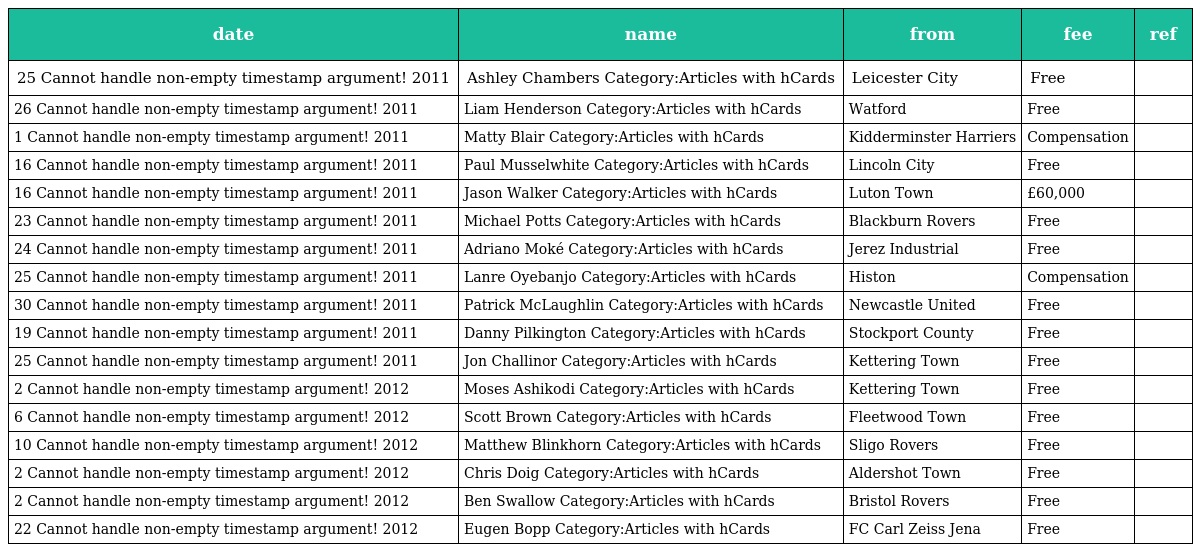
| date | name | from | fee | ref |
 | --- | --- | --- | --- | --- |
 | 25 Cannot handle non-empty timestamp argument! 2011 | Ashley Chambers Category:Articles with hCards | Leicester City | Free |  |
 | 26 Cannot handle non-empty timestamp argument! 2011 | Liam Henderson Category:Articles with hCards | Watford | Free |  |
 | 1 Cannot handle non-empty timestamp argument! 2011 | Matty Blair Category:Articles with hCards | Kidderminster Harriers | Compensation |  |
 | 16 Cannot handle non-empty timestamp argument! 2011 | Paul Musselwhite Category:Articles with hCards | Lincoln City | Free |  |
 | 16 Cannot handle non-empty timestamp argument! 2011 | Jason Walker Category:Articles with hCards | Luton Town | £60,000 |  |
 | 23 Cannot handle non-empty timestamp argument! 2011 | Michael Potts Category:Articles with hCards | Blackburn Rovers | Free |  |
 | 24 Cannot handle non-empty timestamp argument! 2011 | Adriano Moké Category:Articles with hCards | Jerez Industrial | Free |  |
 | 25 Cannot handle non-empty timestamp argument! 2011 | Lanre Oyebanjo Category:Articles with hCards | Histon | Compensation |  |
 | 30 Cannot handle non-empty timestamp argument! 2011 | Patrick McLaughlin Category:Articles with hCards | Newcastle United | Free |  |
 | 19 Cannot handle non-empty timestamp argument! 2011 | Danny Pilkington Category:Articles with hCards | Stockport County | Free |  |
 | 25 Cannot handle non-empty timestamp argument! 2011 | Jon Challinor Category:Articles with hCards | Kettering Town | Free |  |
 | 2 Cannot handle non-empty timestamp argument! 2012 | Moses Ashikodi Category:Articles with hCards | Kettering Town | Free |  |
 | 6 Cannot handle non-empty timestamp argument! 2012 | Scott Brown Category:Articles with hCards | Fleetwood Town | Free |  |
 | 10 Cannot handle non-empty timestamp argument! 2012 | Matthew Blinkhorn Category:Articles with hCards | Sligo Rovers | Free |  |
 | 2 Cannot handle non-empty timestamp argument! 2012 | Chris Doig Category:Articles with hCards | Aldershot Town | Free |  |
 | 2 Cannot handle non-empty timestamp argument! 2012 | Ben Swallow Category:Articles with hCards | Bristol Rovers | Free |  |
 | 22 Cannot handle non-empty timestamp argument! 2012 | Eugen Bopp Category:Articles with hCards | FC Carl Zeiss Jena | Free |  |